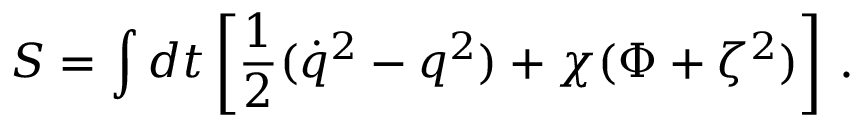
{ S } = \int d t \left[ { \frac { 1 } { 2 } } ( \dot { q } ^ { 2 } - q ^ { 2 } ) + \chi ( \Phi + { \zeta } ^ { 2 } ) \right] \, .